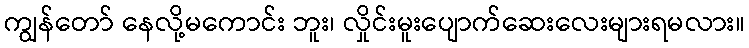
ကျွန်တော် နေလို့မကောင်း ဘူး၊ လှိုင်းမူးပျောက်ဆေးလေးများရမလား။